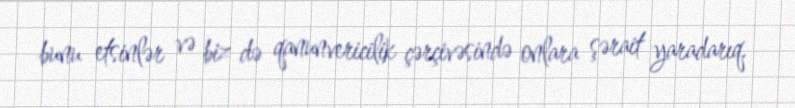
bunu etsinlər və biz də qanunvericilik çərçivəsində onlara şərait yaradarıq.